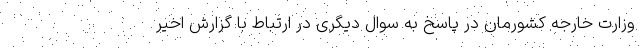
وزارت خارجه کشورمان در پاسخ به سوال دیگری در ارتباط با گزارش اخیر